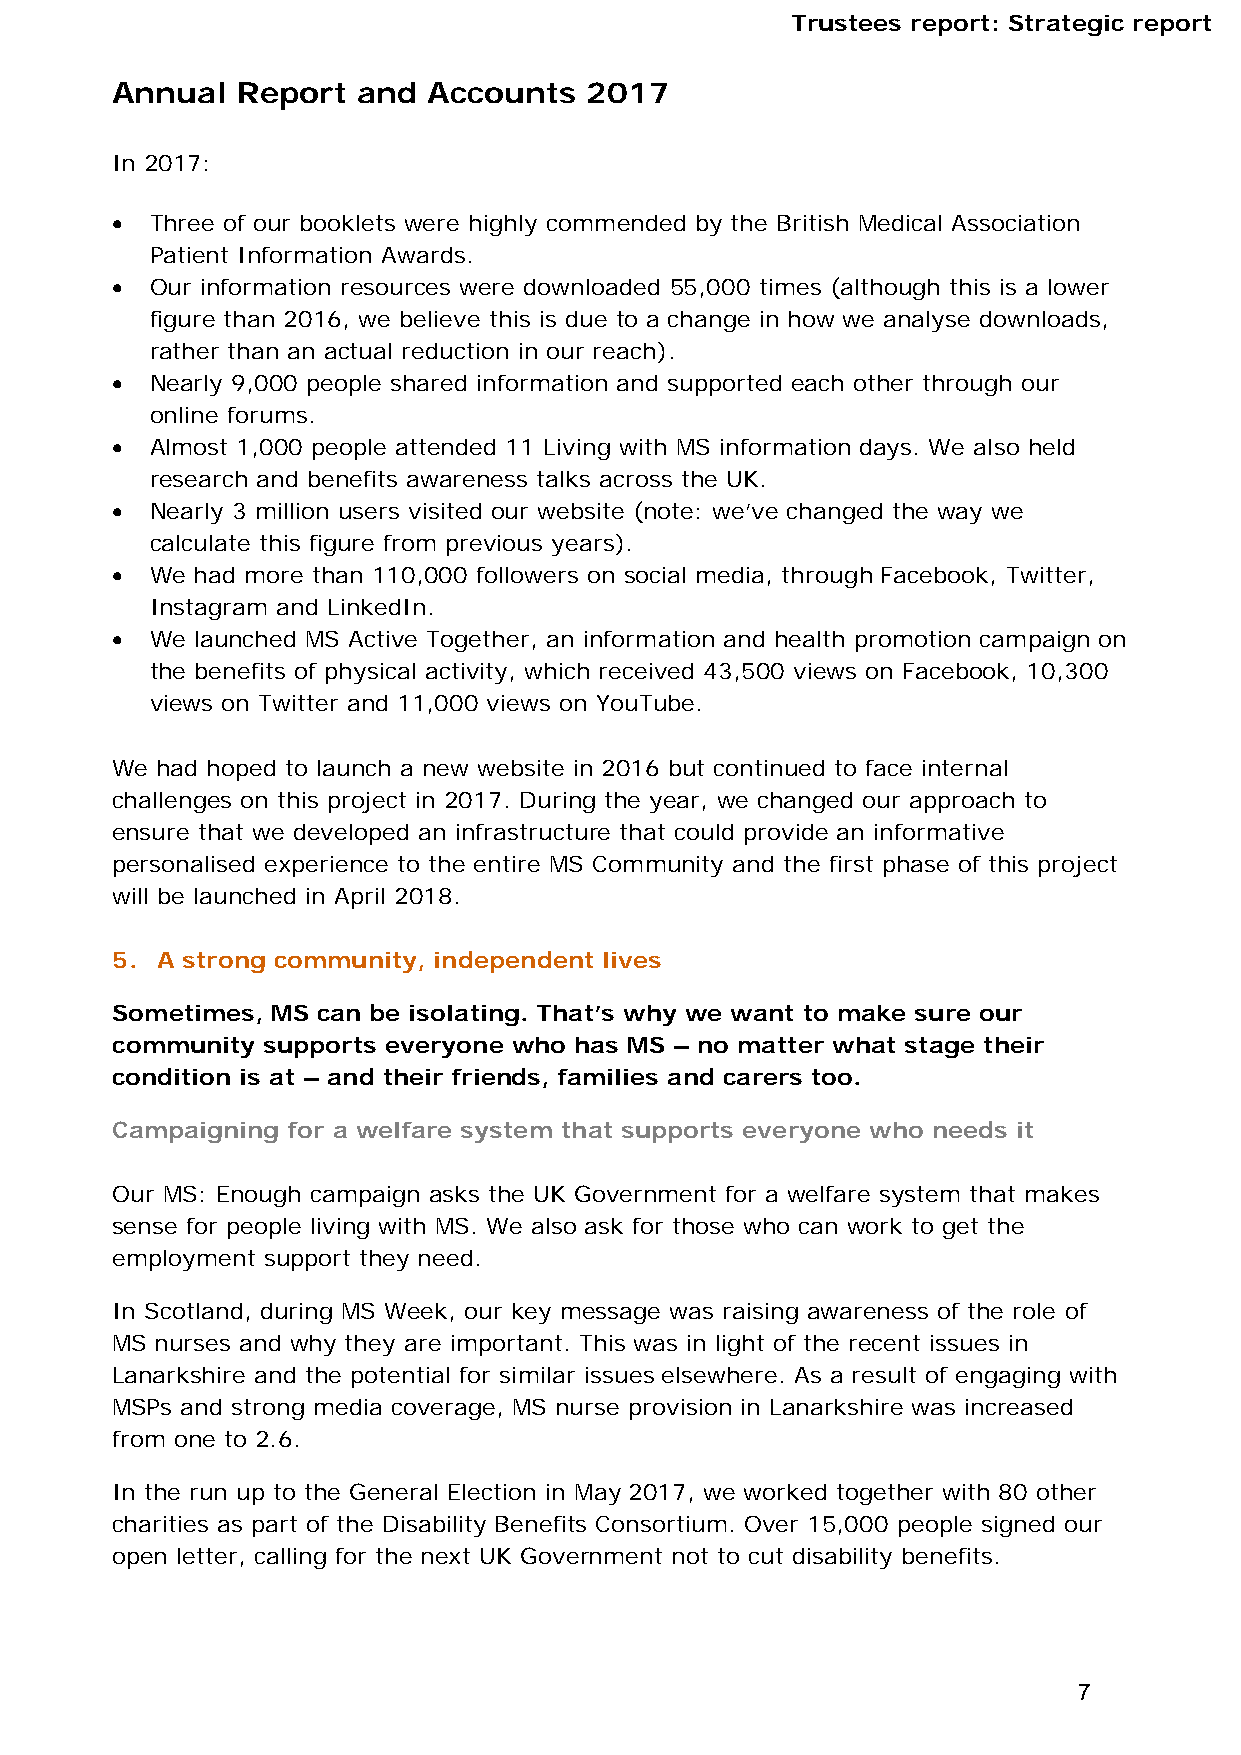
Trustees report: Strategic report
 Annual   Report  and Accounts   2017
 In 2017:
   Three of our booklets were highly commended by the British Medical Association
 Patient Information Awards.
   Our information resources were downloaded 55,000 times (although this is a lower
 figure than 2016, we believe this is due to a change in how we analyse downloads,
 rather than an actual reduction in our reach).
   Nearly 9,000 people shared information and supported each other through our
 online forums.
   Almost 1,000 people attended 11 Living with MS information days. We also held
 research and benefits awareness talks across the UK.
   Nearly 3 million users visited our website (note: we’ve changed the way we
 calculate this figure from previous years).
   We had more than 110,000 followers on social media, through Facebook, Twitter,
 Instagram and LinkedIn.
   We launched MS Active Together, an information and health promotion campaign on
 the benefits of physical activity, which received 43,500 views on Facebook, 10,300
 views on Twitter and 11,000 views on YouTube.
 We had hoped to launch a new website in 2016 but continued to face internal
 challenges on this project in 2017. During the year, we changed our approach to
 ensure that we developed an infrastructure that could provide an informative
 personalised experience to the entire MS Community and the first phase of this project
 will be launched in April 2018.
 5. A strong community, independent lives
 Sometimes, MS can be isolating. That’s why we want to make sure our
 community supports everyone who has MS – no matter what stage their
 condition is at – and their friends, families and carers too.
 Campaigning for a welfare system that supports everyone who needs it
 Our MS: Enough campaign asks the UK Government for a welfare system that makes
 sense for people living with MS. We also ask for those who can work to get the
 employment support they need.
 In Scotland, during MS Week, our key message was raising awareness of the role of
 MS nurses and why they are important. This was in light of the recent issues in
 Lanarkshire and the potential for similar issues elsewhere. As a result of engaging with
 MSPs and strong media coverage, MS nurse provision in Lanarkshire was increased
 from one to 2.6.
 In the run up to the General Election in May 2017, we worked together with 80 other
 charities as part of the Disability Benefits Consortium. Over 15,000 people signed our
 open letter, calling for the next UK Government not to cut disability benefits.
 7